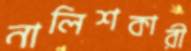
নালিশকারী